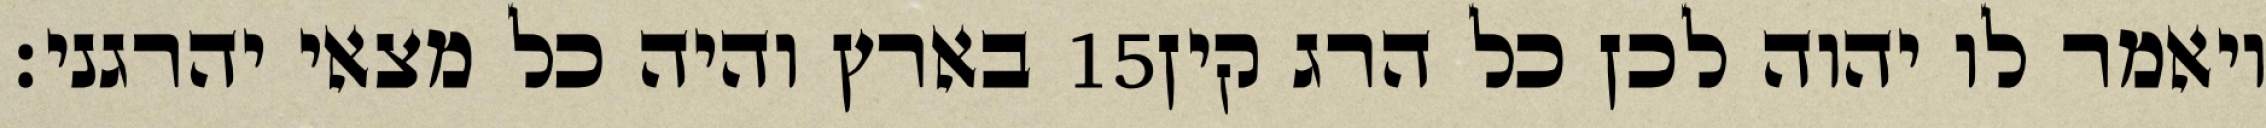
בארץ והיה כל מצאי יהרגני׃ ‎15‏ ויאמר לו יהוה לכן כל הרג קין